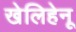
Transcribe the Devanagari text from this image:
खेलिहेनू